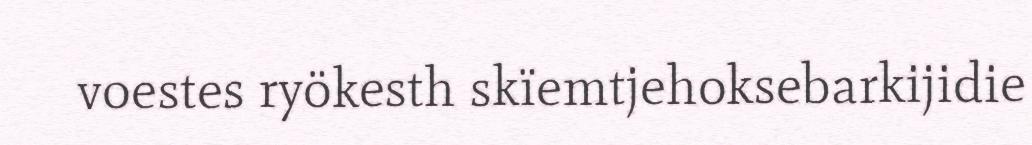
voestes ryökesth skïemtjehoksebarkijidie